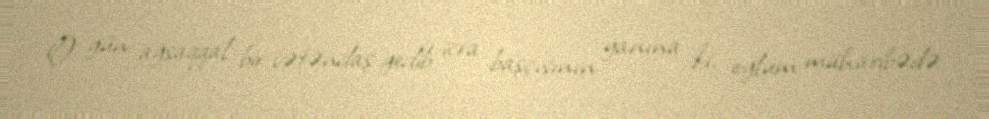
O gün ağsaqqal bir vətəndaş gedib icra başçısının yanına ki, oğlum müharibədə